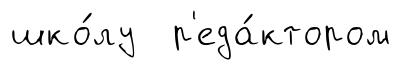
шко́лу р'еда́ктором